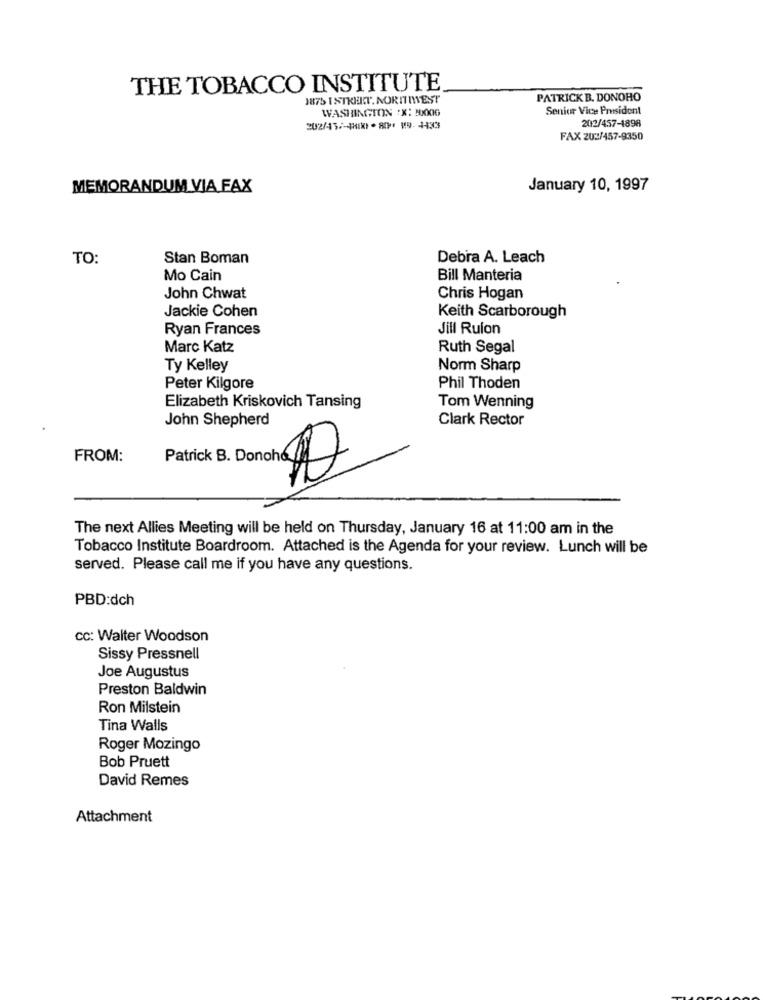
THE TOBACCO INSTITUTE
1875 I STREET. NORITMEST
PATRICK B. DONOHO
WASHINGTON "X: 200G
Senior Vice President
202/457-1898
202/43/-480X1 - 801 19- 1433
FAX 202/457-9350
MEMORANDUM VIA FAX
January 10, 1997
TO
Stan Boman
Debra A. Leach
Mo Cain
Bill Manteria
John Chwat
Chris Hogan
Jackie Cohen
Keith Scarborough
Ryan Frances
Jill Ruion
Marc Katz
Ruth Segal
Ty Kelley
Norm Sharp
Peter Kilgore
Phil Thoden
Elizabeth Kriskovich Tansing
Tom Wenning
John Shepherd
Clark Rector
FROM:
Patrick B. Donch 2
The next Allies Meeting will be held on Thursday, January 16 at 11:00 am in the
Tobacco Institute Boardroom. Attached is the Agenda for your review. Lunch will be
served. Please call me if you have any questions.
PBD:dch
CC: Walter Woodson
Sissy Pressnell
Joe Augustus
Preston Baldwin
Ron Milstein
Tina Walls
Roger Mozingo
Bob Pruett
David Remes
Attachment